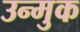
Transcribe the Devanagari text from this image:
उन्मुक